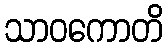
သာဝကောတိ